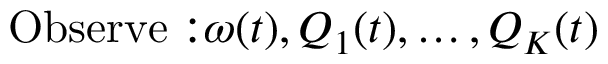
{ \mathrm { O b s e r v e : } } \omega ( t ) , Q _ { 1 } ( t ) , \ldots , Q _ { K } ( t )